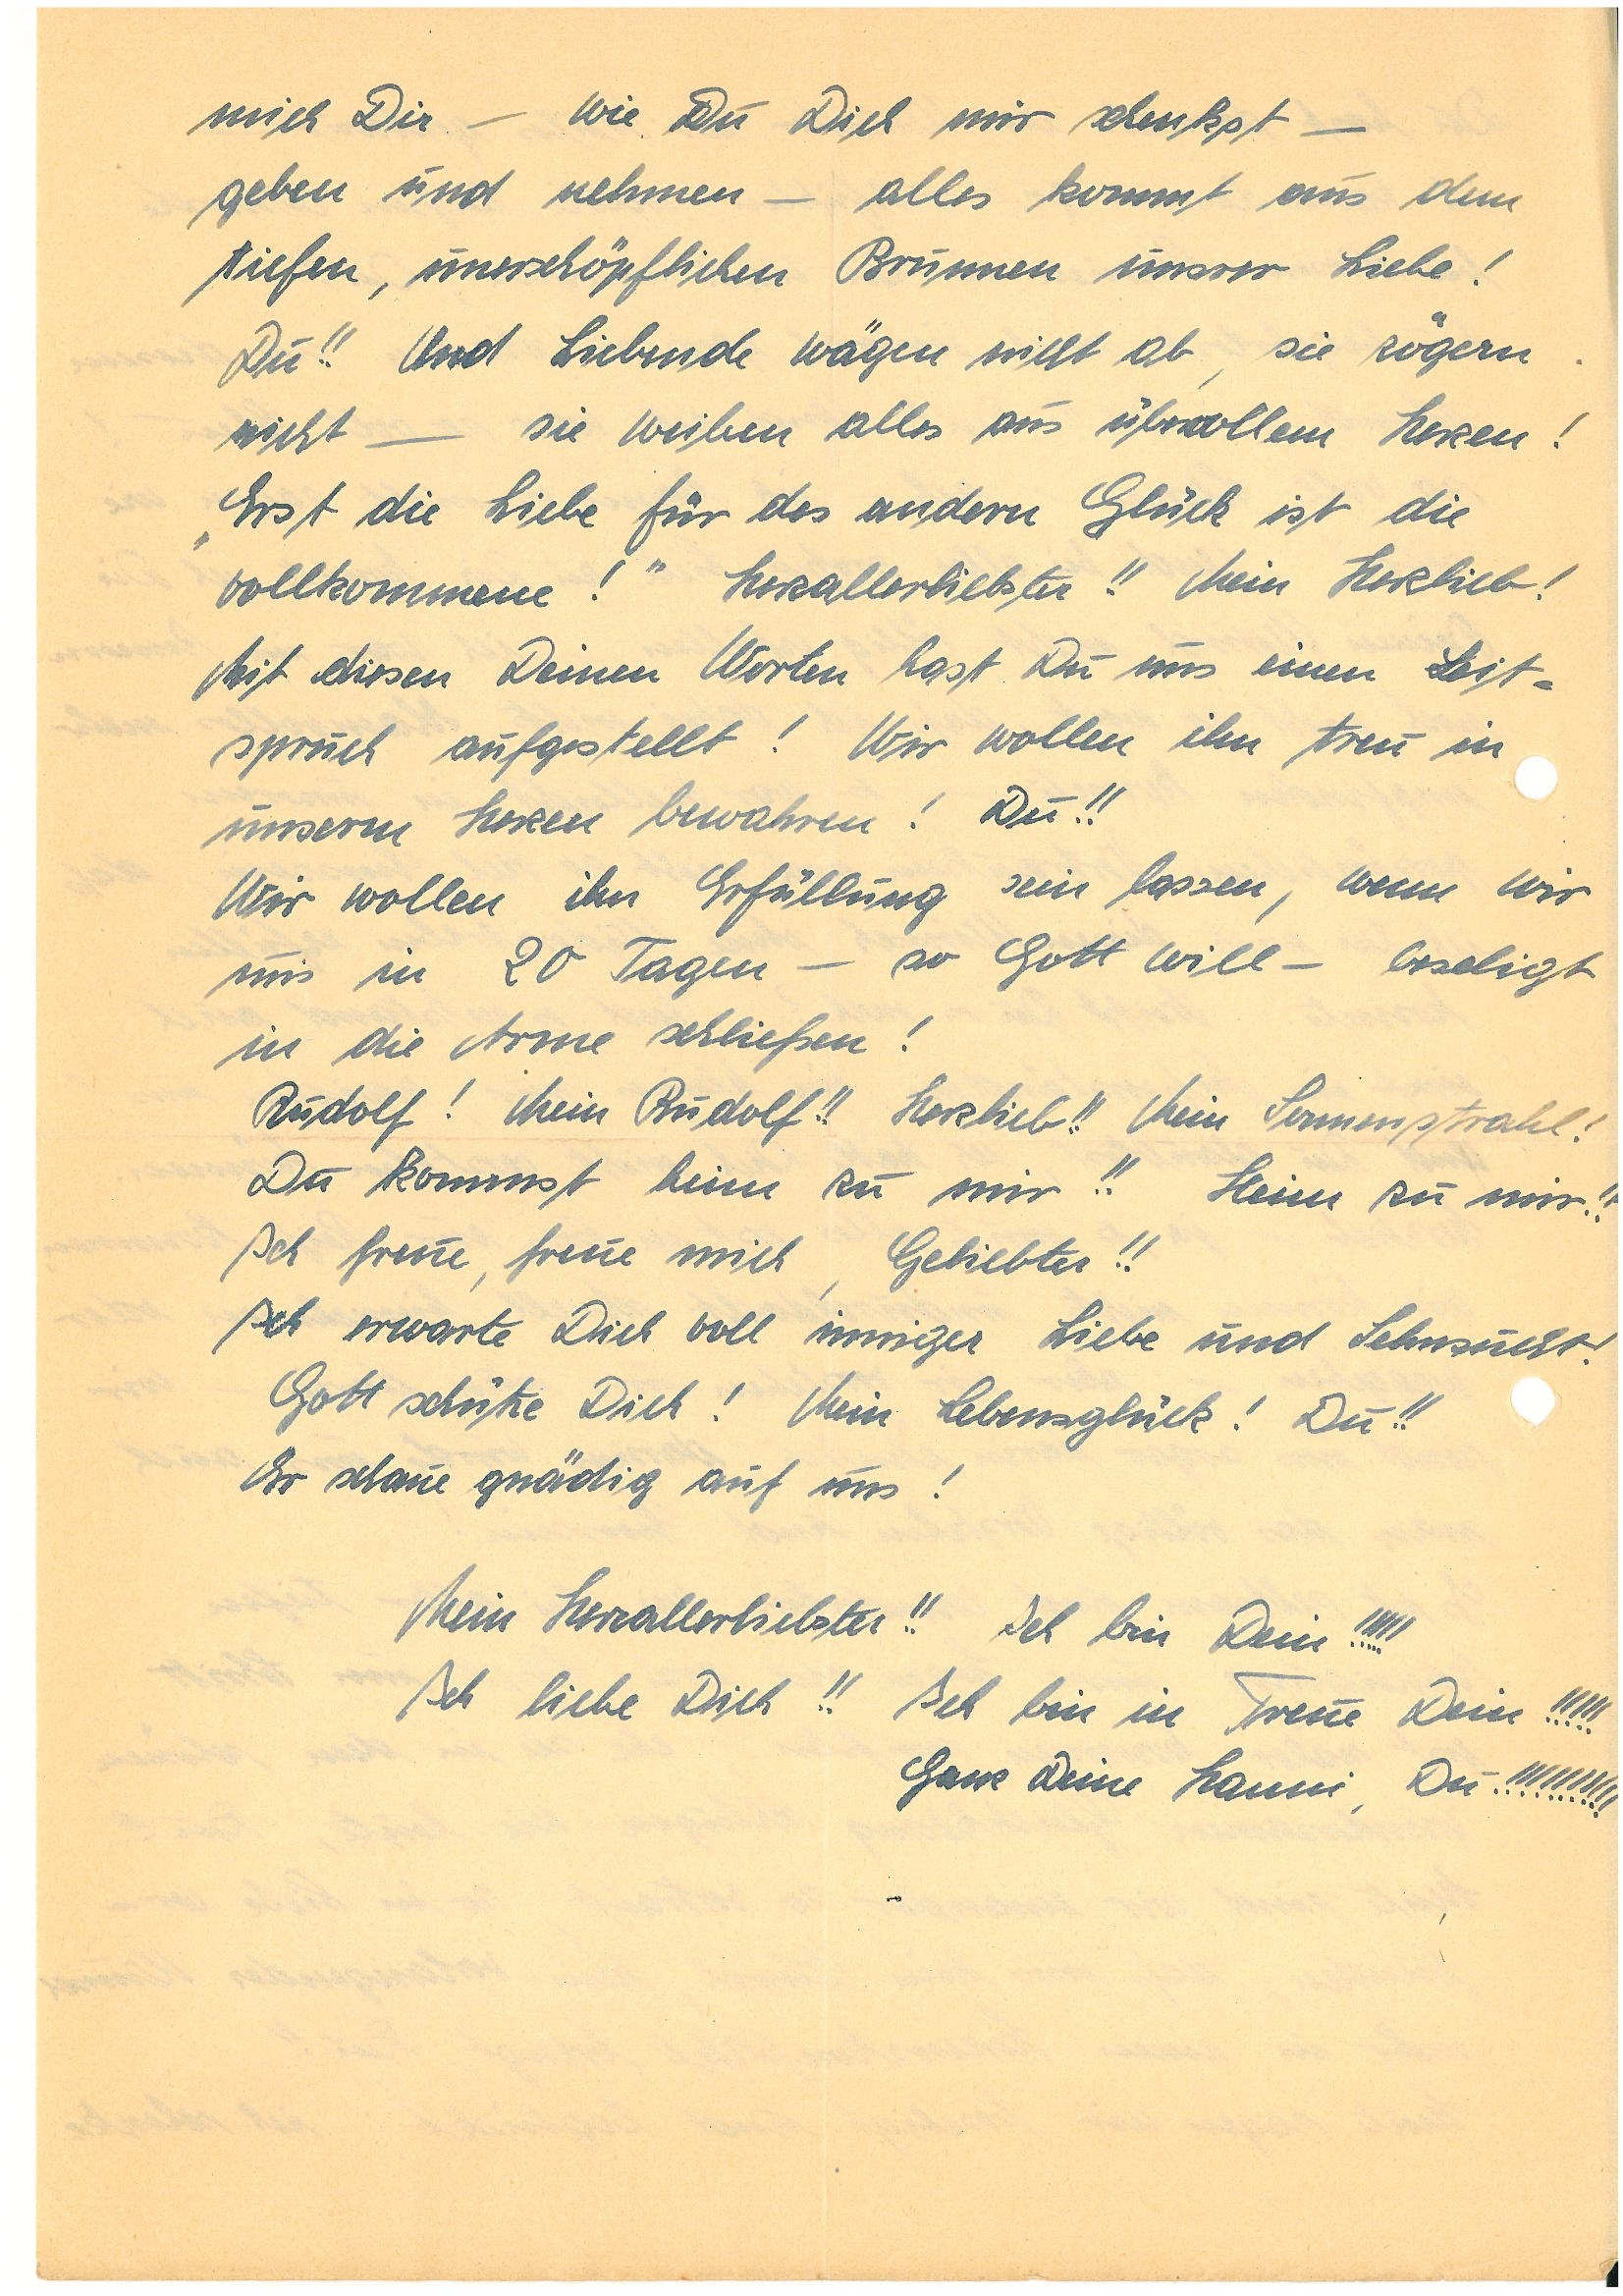
mich Dir – wie Du Dich mir schenkst –
geben und nehmen – alles kommt aus dem
Tiefen unerschöpflichen Brunnen unsrer Liebe!
Du!! Und Liebende wägen nicht ab, sie zögern
nicht – sie weihen alles aus übervollem Herzen!
„Erst die Liebe für des andern Glück ist die
Vollkommene!“ Herzallerliebster!! Mein Herzlieb!
Mit diesen Deinen Worten hast Du uns einen Leit¬
spruch aufgestellt! Wir wollen ihn treu in
unsern Herzen bewahren! Du!!
Wir wollen ihn Erfüllung sein lassen, wenn wir
uns in 20 Tagen – so Gott will – beseligt
in die Arme schließen!
! Mein !! Herzlieb!! Mein Sonnenstrahl!
Du kommst heim zu mir!! Heim zu mir!!
Ich freue, freue mich, Geliebter!!
Ich erwarte Dich voll inniger Liebe und Sehnsucht.
Gott schütze Dich! Mein Lebensglück! Du!!
Er schaue gnädig auf uns!
Mein Herzallerliebster!! Ich bin Dein!!!!!
Ich liebe Dich!! Ich bin in Treue Dein!!!!!
Ganz Deine , Du!!!!!!!!!!